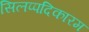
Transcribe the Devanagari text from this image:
सिलप्पदिकारम